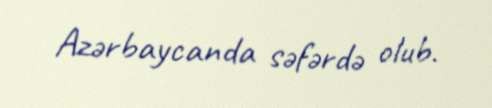
Azərbaycanda səfərdə olub.